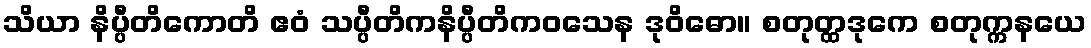
သိယာ နိပ္ပီတိကောတိ ဧဝံ သပ္ပီတိကနိပ္ပီတိကဝသေန ဒုဝိဓော။ စတုတ္ထဒုကေ စတုက္ကနယေ